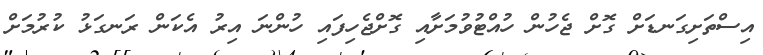
އިސްތަށިގަނޑަށް ގޮށް ޖެހުން ހުއްޓުވުމަށާއި ގޮށްޖެހިފައި ހުންނަ އިރު އެކަން ރަނގަޅު ކުރުމަށް